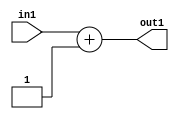
`timescale 1ps / 1ps
/*****************************************************************************
    Verilog RTL Description
    
    
    Created by: Stratus DpOpt 2019.1.01 
*******************************************************************************/

module ImageGradient_Add2i1u2_4 (
	in1,
	out1
	); /* architecture "behavioural" */ 
input [1:0] in1;
output [1:0] out1;
wire [1:0] asc001;

assign asc001 = 
	+(in1)
	+(2'B01);

assign out1 = asc001;
endmodule

/* CADENCE  urf5Tw4= : u9/ySgnWtBlWxVPRXgAZ4Og= ** DO NOT EDIT THIS LINE ******/